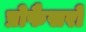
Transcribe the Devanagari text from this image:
प्रोफैसरों